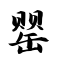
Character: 罂